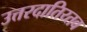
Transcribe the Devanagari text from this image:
उत्तरदातिय्तव